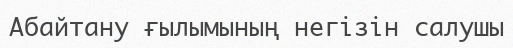
Абайтану ғылымының негізін салушы